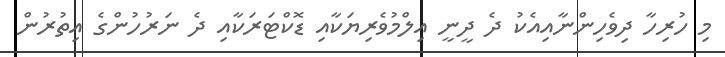
މި ހުރިހާ ދިވެހިންނާއިއެކު ދެ ދީނީ އިލްމުވެރިޔަކާއި ޑޮކްޓަރަކާއި ދެ ނަރުހުންގެ އިތުރުން